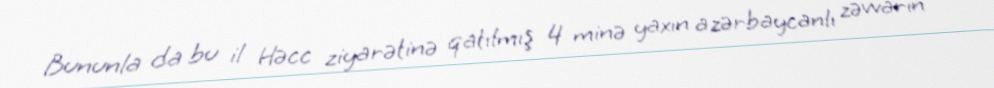
Bununla da bu il Həcc ziyarətinə qatılmış 4 minə yaxın azərbaycanlı zəvvarın